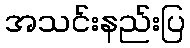
အသင်းနည်းပြ